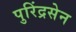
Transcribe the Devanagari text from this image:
पुरिंद्रसेन